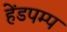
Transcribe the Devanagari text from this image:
हेंडपम्प